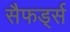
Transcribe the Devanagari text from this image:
सैफर्ड्स